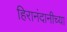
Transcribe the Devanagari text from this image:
हिरानंदानीच्या